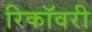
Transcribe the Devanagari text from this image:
रिकॉवरी